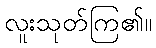
လူးသုတ်ကြ၏။